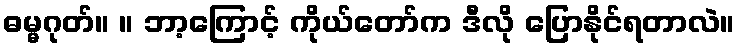
ဓမ္မဂုတ်။ ။ ဘာ့ကြောင့် ကိုယ်တော်က ဒီလို ပြောနိုင်ရတာလဲ။